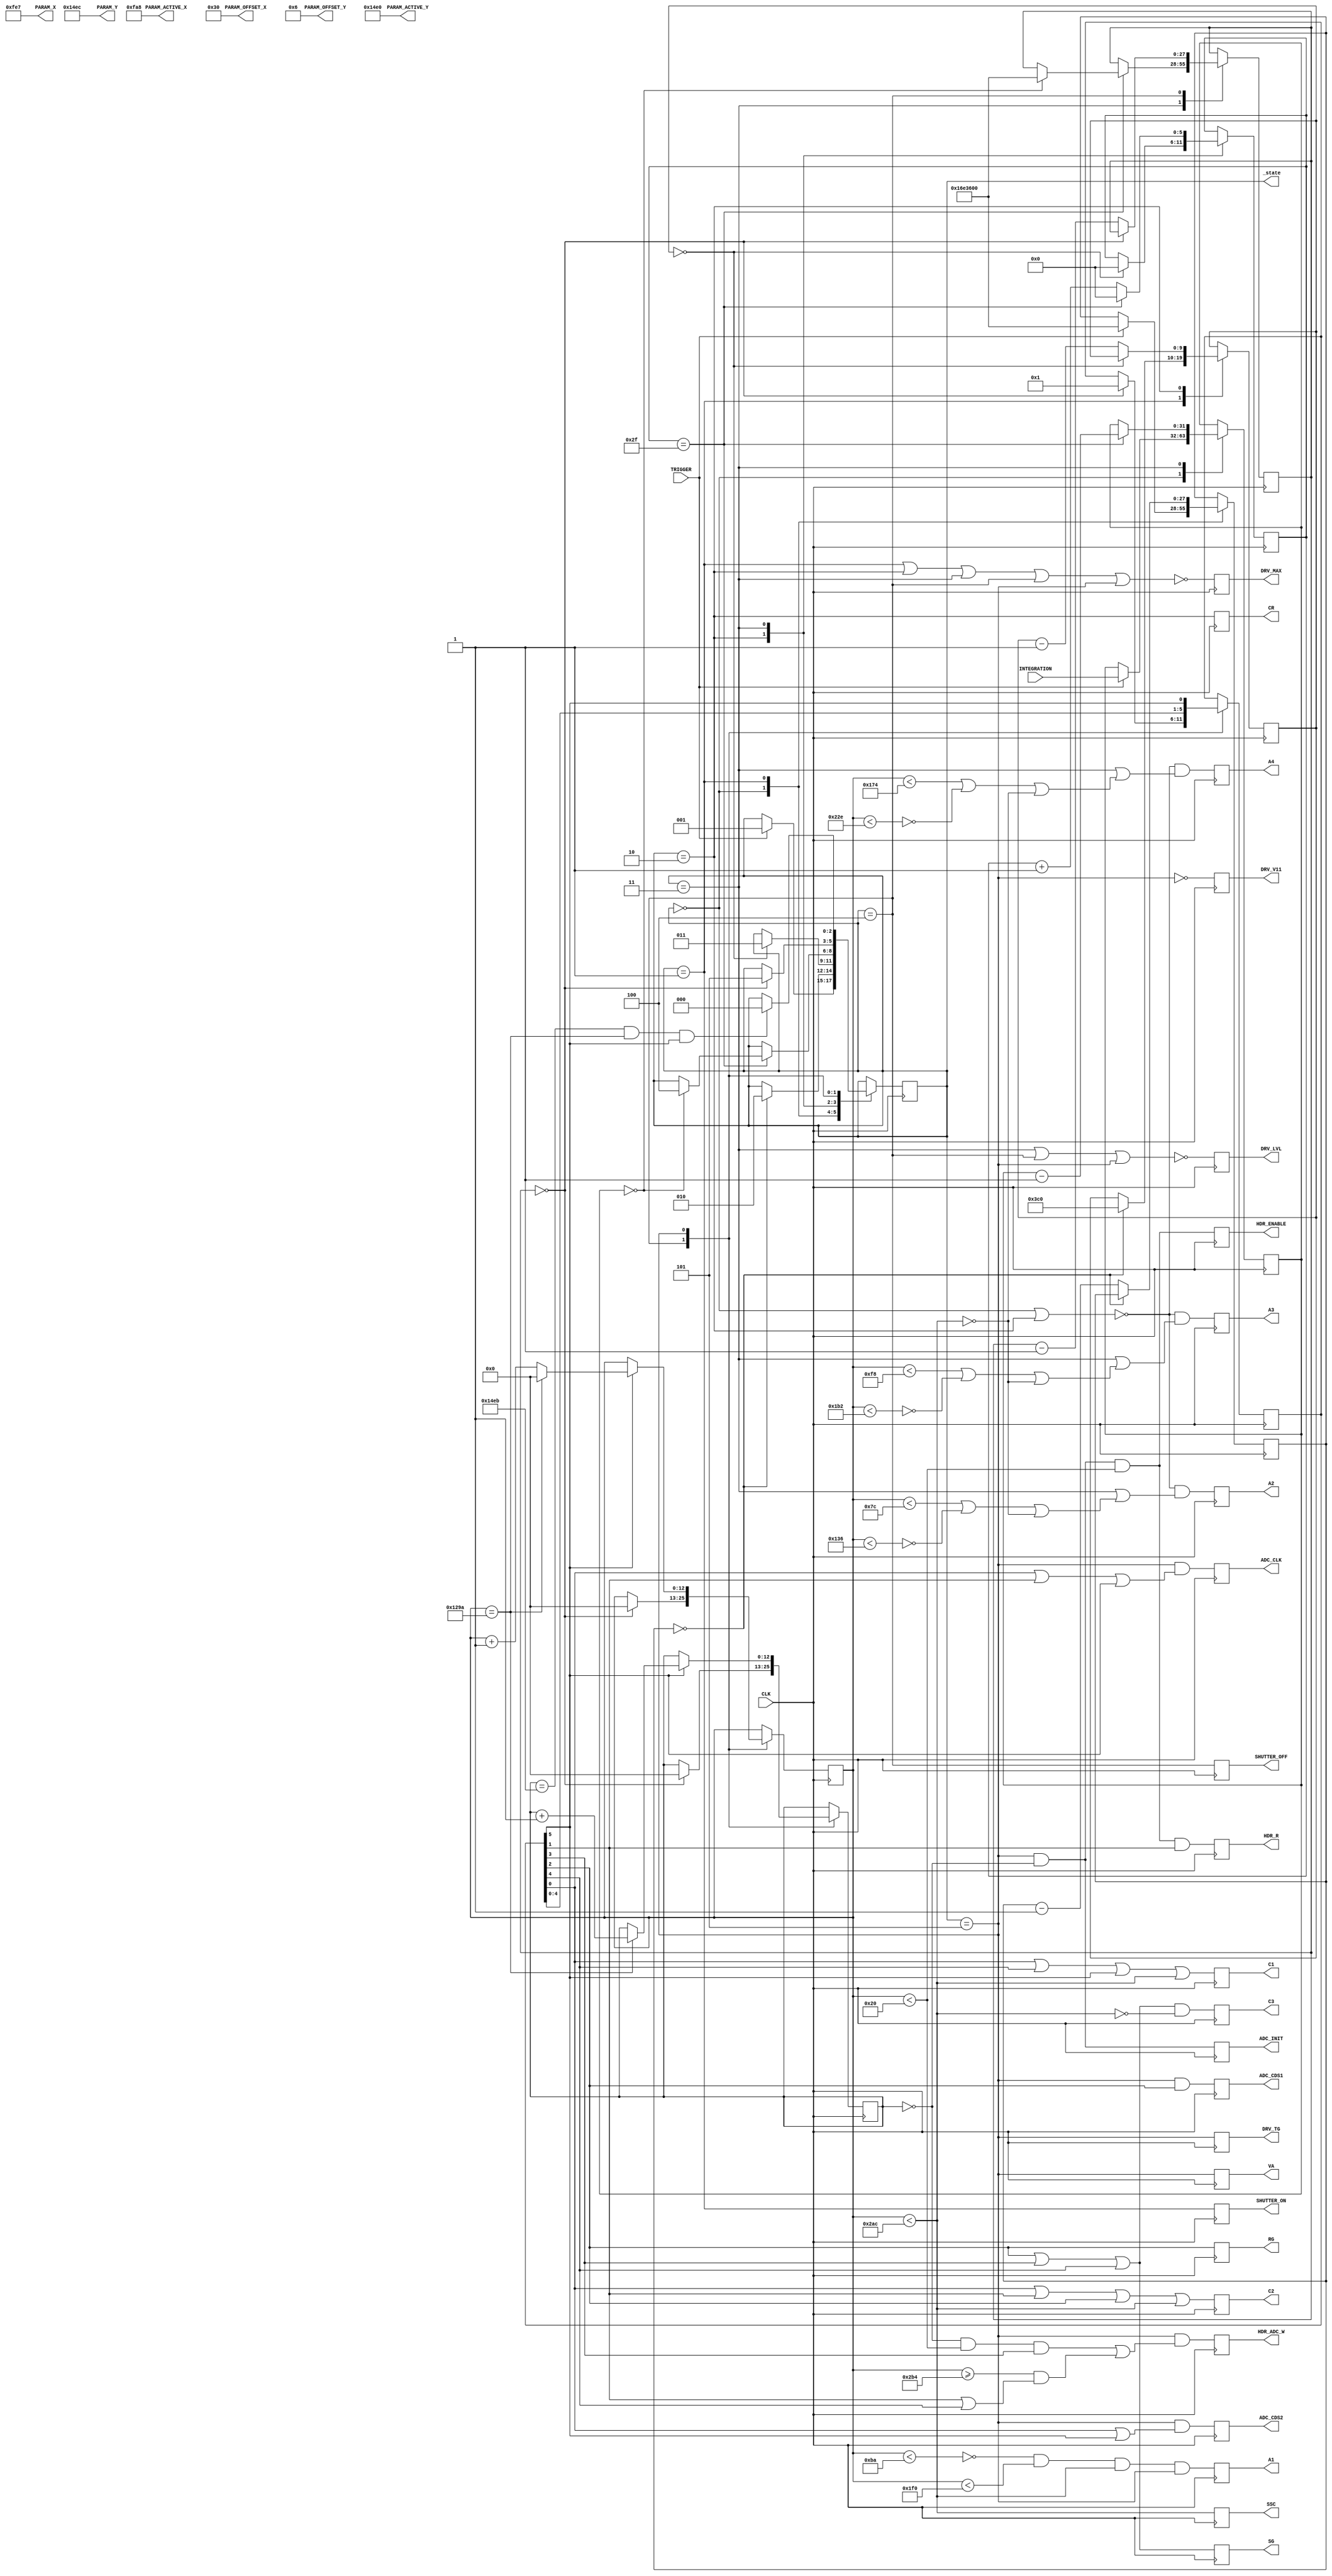
`timescale 1ns / 1ps
module FT4052C(
    input wire CLK,
    
    input wire [31:0] INTEGRATION,
    input wire TRIGGER,
    
    output wire CR,
    output wire VA,
    
    output wire SSC,
    output wire A1,
    output wire A2,
    output wire A3,
    output wire A4,
    
    output wire C3,
    output wire C1,
    output wire C2,
    output wire SG,
    output wire RG,
    
    output wire HDR_ENABLE,
    output wire HDR_R,
    
    output wire HDR_ADC_W,
    
    output wire ADC_CLK,
    output wire ADC_CDS1,
    output wire ADC_CDS2,
    output wire ADC_INIT,
    
    output wire DRV_MAX,
    output wire DRV_V11,
    output wire DRV_TG,
    output wire DRV_LVL,
    
    // params
    output wire [15:0] PARAM_X,
    output wire [15:0] PARAM_Y,
    output wire [15:0] PARAM_ACTIVE_X,
    output wire [15:0] PARAM_ACTIVE_Y,
    output wire [15:0] PARAM_OFFSET_X,
    output wire [15:0] PARAM_OFFSET_Y,

    output wire SHUTTER_ON,
    output wire SHUTTER_OFF,
    
    output wire [2:0] _state
    //output wire [31:0] _counter,
    //output wire [12:0] _x, 
    //output wire [12:0] _y 
    );
    
    // width = 4763 cols
    // height = 5356 rows
    // view 4271 * 5356 = 22875476, 45750952 (*2), 45750968 (+16), 2BA1AB8
    // INTEGRATION = time of integration in microseconds
    
    // finite state machine
    reg [2:0] state; // 0-idle, 1-shutter on, 2-reset, 3-integration, 4-shutter off, 5-readout
    reg [5:0] microsecond;
    reg [31:0] counter;
    reg [9:0] reset;
    reg [27:0] period_on;
    reg [27:0] period_off;
     
    wire state_idle = state == 3'b000;
    wire state_on = state == 3'b001;
    wire state_reset = state == 3'b010;
    wire state_integration = state == 3'b011;
    wire state_off = state == 3'b100;
    wire state_readout = state == 3'b101;
    
    // phaser (divide clock to 6 phases [0..5])
    reg [5:0] phaser;
    
    // pixel phases
    wire c3 = phaser[2] || phaser[3] || phaser[4];     
    wire c1 = phaser[0] || phaser[4] || phaser[5];     
    wire c2 = phaser[0] || phaser[1] || phaser[2]; 
    wire sg = phaser[2] || phaser[3] || phaser[4]; 
    wire rg = phaser[2];
    
    // horizontal
    reg [12:0] x;
    wire x_32 = x < 32;
    wire x_124 = x < 124;
    wire x_186 = x < 186;
    wire x_248 = x < 248;
    wire x_310 = x < 310;
    wire x_372 = x < 372;
    wire x_434 = x < 434;
    wire x_496 = x < 496;
    wire x_558 = x < 558;
    wire x_684 = x < 684;
    wire x_692_n = x >= 692;
    
    wire a1 = !x_186 &&  x_496  &&  x_684;  //186,496
    wire a2 = (x_124 || !x_310) || !x_684;  //124,310
    wire a3 = (x_248 || !x_434) || !x_684;  //248,434
    wire a4 = (x_372 || !x_558) || !x_684;  //372,558
    wire ssc = x_684;
    
    // vertical
    reg [12:0] y;
    wire y_0 = y == 0;
    
    
    // finite state machine
    always @ (posedge CLK)
    begin
        case (state)
        0:begin
            // idle
            if (TRIGGER == 1'b1)
            begin
                state <= 1; // to shutter on
                counter <= INTEGRATION;
                period_on <= 24000000; // shutter on, 4 800 000 clocks (100ms) 
            end   
        end
        1:begin
            // shutter on
            if (period_on == 0)
            begin
                state <= 2; // to reset             
                reset <= 960; // reset, 960 clocks (20 microseconds) 
            end else begin
                period_on <= period_on - 1;            
            end            
        end
        2:begin
            // reset (min 10 microseconds)
            if (reset == 0)
            begin
                state <= 3; // to integration             
                microsecond <= 0;
            end else begin
                reset <= reset - 1;            
            end            
        end
        3:begin
            // integration
            if (microsecond == 47)
            begin
                microsecond <= 0;
                counter <= counter - 1;
                if (counter == 0)
                begin
                    state <= 4;            
                    period_off <= 24000000; // shutter off, 4 800 000 clocks (100ms) 
                end  
            end else begin
                microsecond <= microsecond + 1;            
            end
        end
        4:begin
            // shutter off
            if (period_off == 0)
            begin
                phaser <= 6'b000001;
                y <= 0;
                x <= 0;                
                state <= 5; // to readout             
            end else begin
                period_off <= period_off - 1;            
            end            
        end
        5:begin
            // readout
            phaser <= {phaser[4:0], phaser[5]};
            
            if (phaser[5]) 
            begin
                if (x == 4762)
                begin
                    x <= 0;
                    y <= y + 1;            
                end else begin
                    x <= x + 1;    
                end        
            end
            
            if (y == 5355 & x == 4762 & phaser[5])
                state <= 0;
        end
        endcase
    end
    
    
    // final calcs
    reg cr_reg;
    reg va_reg;
    reg ssc_reg;
    reg a1_reg;
    reg a2_reg;
    reg a3_reg;
    reg a4_reg;
    reg c3_reg;
    reg c1_reg;
    reg c2_reg;
    reg rg_reg;
    reg sg_reg;
    reg hdr_enable_reg;
    reg hdr_r_reg;
    reg hdr_adc_w_reg;
    reg adc_clk_reg;
    reg adc_cds1_reg;
    reg adc_cds2_reg;
    reg adc_init_reg;
    reg drv_max_reg;
    reg drv_tg_reg;
    reg drv_v11_reg;
    reg drv_lvl_reg;
    reg shutter_on_reg;
    reg shutter_off_reg;
    
    always @ (posedge CLK)
    begin
        cr_reg <= state_reset;
        va_reg <= state_readout;
        ssc_reg <= ssc;
        a1_reg <= a1 & state_readout;
        a2_reg <= ~(state_idle | state_reset) & (state_integration | a2);
        a3_reg <= ~(state_idle | state_reset) & (state_integration | a3);
        a4_reg <= ~(state_idle | state_reset) & (state_integration | a4);
        c3_reg <= c3 & ~ssc;
        c1_reg <= c1 | ssc;
        c2_reg <= c2 | ssc;
        sg_reg <= sg;
        rg_reg <= rg;
        adc_init_reg <= state_readout & y_0;    
    end
    
    // header
    always @ (posedge CLK)
    begin
        hdr_enable_reg <= state_readout & y_0 & x_32;
        hdr_r_reg <= state_readout & y_0 & x_32 & phaser[1]; 
        hdr_adc_w_reg <= state_readout & ((y_0 & x_32 & phaser[3]) | (x_692_n & (phaser[1] | phaser[4]))); //todo 4 pixels shift 
    end
    
    // ADC
    always @ (posedge CLK)
    begin
        adc_clk_reg <= state_readout & (phaser[0] | phaser[1] | phaser[5]);
        adc_cds1_reg <= state_readout & (phaser[2]);
    end
    always @ (negedge CLK)
    begin
        adc_cds2_reg <= state_readout & (phaser[0] | phaser[5]);
    end
    
    // header
    always @ (posedge CLK)
    begin
        drv_max_reg <= ~(state_on | state_reset | state_integration | state_off | state_readout);
        drv_tg_reg <= state_readout;
        drv_v11_reg <= ~(state_readout);
        drv_lvl_reg <= ~(state_integration | state_off | state_readout);
    end
    
    // shutter
    always @ (posedge CLK)
    begin
        shutter_on_reg <= state_on;
        shutter_off_reg <= state_off;
    end
    
    
    // assignes
    assign CR = cr_reg;
    assign VA = va_reg;
    
    assign SSC = ssc_reg;
    assign A1 = a1_reg;
    assign A2 = a2_reg;
    assign A3 = a3_reg;
    assign A4 = a4_reg;
    
    assign C3 = c3_reg;
    assign C1 = c1_reg;
    assign C2 = c2_reg;
    assign SG = sg_reg;
    assign RG = rg_reg;
    
    assign HDR_ENABLE = hdr_enable_reg;
    assign HDR_R = hdr_r_reg;
    
    assign HDR_ADC_W = hdr_adc_w_reg;
    
    assign ADC_CLK = adc_clk_reg;
    assign ADC_CDS1 = adc_cds1_reg;
    assign ADC_CDS2 = adc_cds2_reg;
    assign ADC_INIT = adc_init_reg;
    
    assign DRV_MAX = drv_max_reg;
    assign DRV_V11 = drv_v11_reg;
    assign DRV_TG = drv_tg_reg;
    assign DRV_LVL = drv_lvl_reg;
    
    // params
    assign PARAM_X = 4071;
    assign PARAM_Y = 5356; 
    assign PARAM_ACTIVE_X = 4008;
    assign PARAM_ACTIVE_Y = 5344;
    assign PARAM_OFFSET_X = 48;
    assign PARAM_OFFSET_Y = 6; 

    // shutter
    assign SHUTTER_ON = shutter_on_reg;
    assign SHUTTER_OFF = shutter_off_reg;
    
    // temporary
    assign _state = state;
    //assign _counter = counter;
    //assign _x = x;
    //assign _y = y;
    
initial 
begin
    phaser <= 6'b000001;
    x <= 0;
    y <= 0;
    state <= 0;
    microsecond <= 0;
    counter <= 0;
    reset <= 0;
    
    hdr_adc_w_reg <= 0;
end    


endmodule